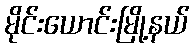
မိုင်းယောင်းမြို့နယ်